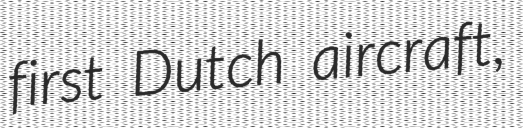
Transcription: first Dutch aircraft,